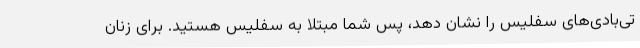
تی‌بادی‌های سفلیس را نشان دهد، پس شما مبتلا به سفلیس هستید. برای زنان